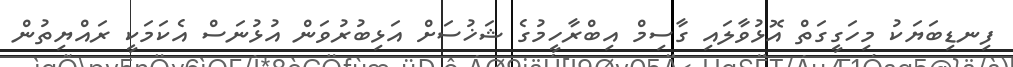
ފިނޑިބަޔަކު މިހަގީގަތް އޮޅުވާލައި ގާސިމް އިބްރާހީމުގެ ޝަޚުސަށް އަޅިބުރުވަން އުޅުނަސް އެކަމަކީ ރައްޔިތުން